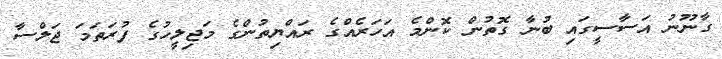
ގާނޫނު އަސާސީގައި ބުނާ ގޮތުން ކޮންމެ އަހަރެއްގެ ރައްޔިތުންގެ މަޖިލީހުގެ ފުރަތަމަ ޖަލްސާ